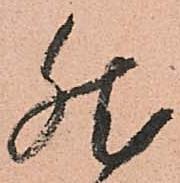
然